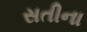
સતીના